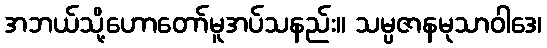
အဘယ်သို့ဟောတော်မူအပ်သနည်း။ သမ္ပဇာနမုသာဝါဒေ၊